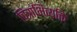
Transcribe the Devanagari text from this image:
चित्राभिव्यक्ति